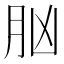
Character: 𦙞